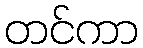
တင်ကာ